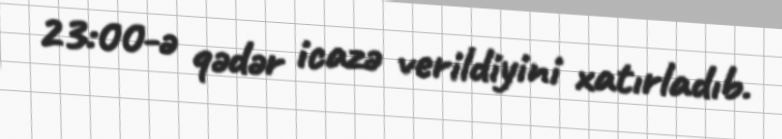
23:00-ə qədər icazə verildiyini xatırladıb.